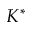
K ^ { * }